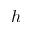
h